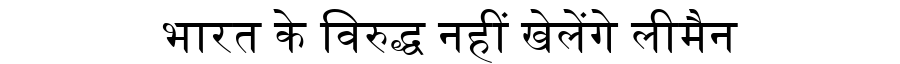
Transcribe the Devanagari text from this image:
भारत के विरुद्ध नहीं खेलेंगे लीमैन